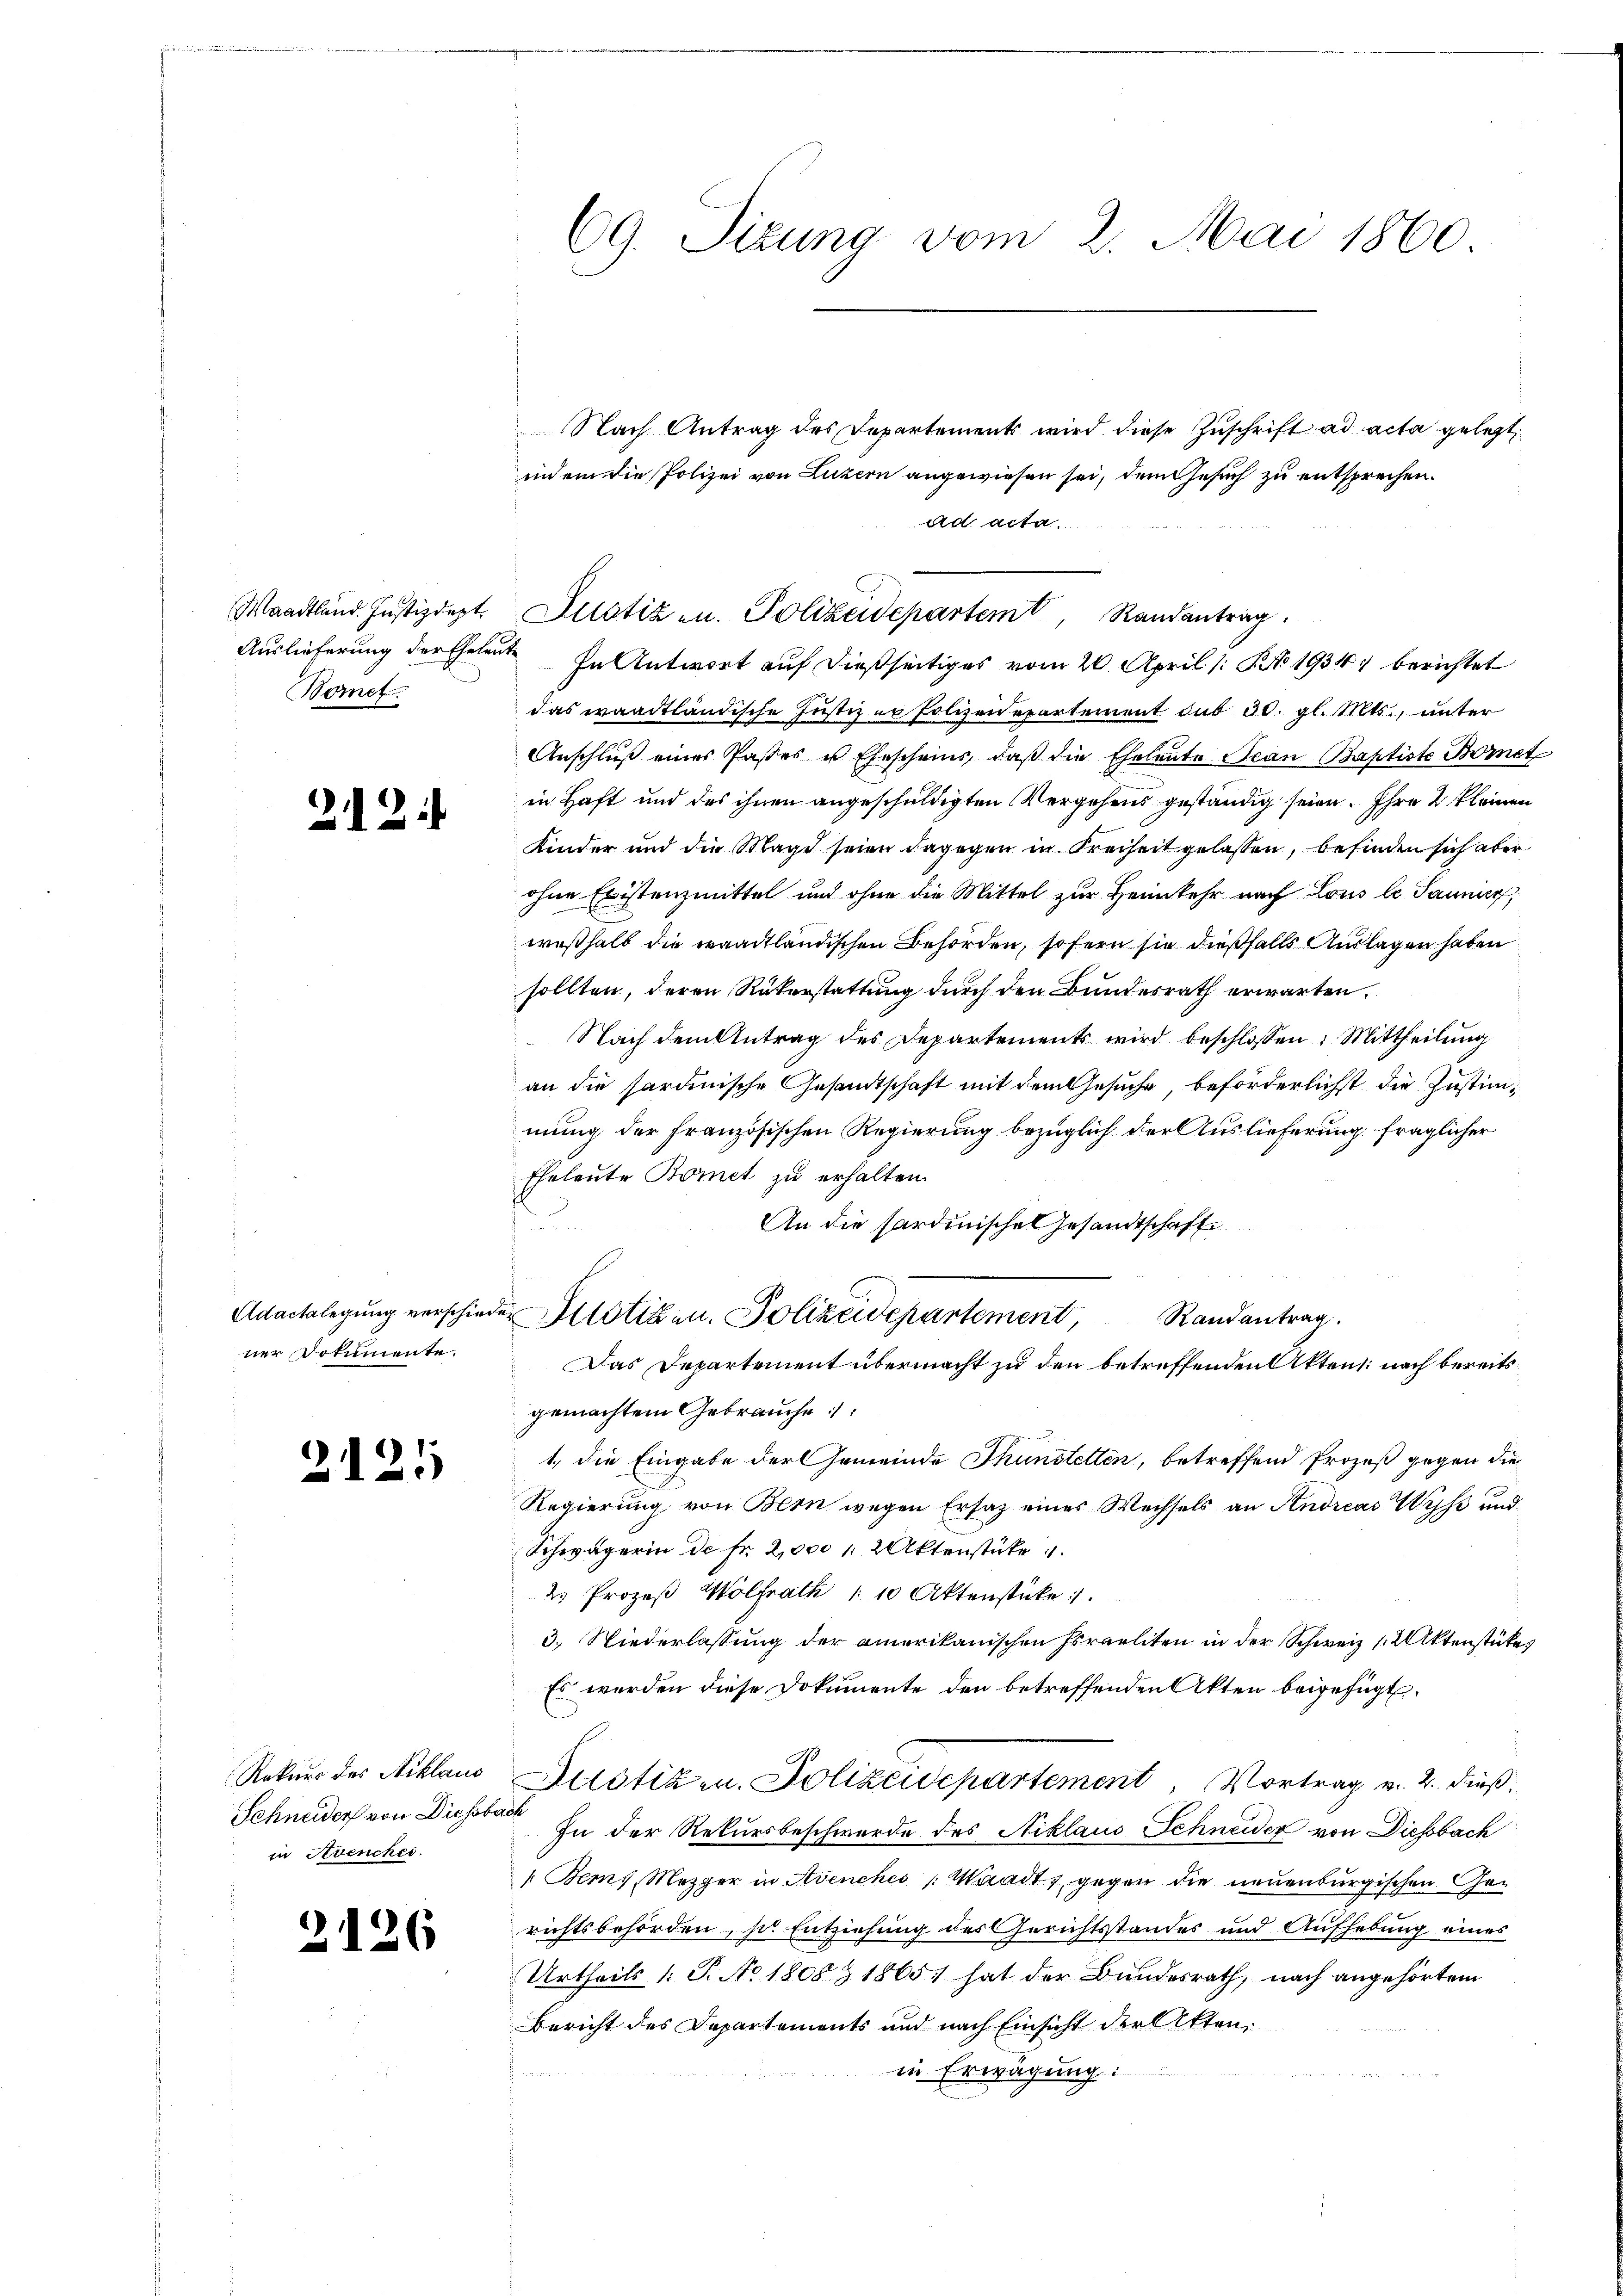
Maadtland. Justizdept
Auslieferung der Eheleute
Bomet

212.

Adactelegung verschiener Dokumente.

2121

Rekurs des Niklaus
Schneider von Diessbach
in Avenches.

2126

69. Sizung vom 2. Mai 1860

Nach Antrag des Departement wird diese Zuschrift ad acta gelegt,
indem die Polizei von Luzern angewiesen sei, dem Gesuch zu entsprechen.
ad acta.
das waadtländische Justiz er Polizen epartement sub 30. gl. Mts., unter
Anschluß eines Pastes u. Ehescheins, daß die Eheleute Jean Baptiste Bornet
in Haft und des ihnen angeschuldigten Vergehens geständig seien. Ihre 2 kleinen
Kinder und die Magd seien dagegen in Freiheit gelassen, befinden sich aber
ohne Existenzmittel und ohne die Mittel zur Heimkehr nach Lous le Saumer,
weßhalb die waadtländischen Behörden, sofern sie dießfalls Auslagen haben
sollten, deren Rükerstattung durch den Bundesrath erwarten.
Nach dem Antrag des Departements wird beschlossen: Mittheilung
an die sardinische Gesandtschaft mit dem Gesuche, beförderlichst die Justimmung der französischen Regierung bezüglich der Auslieferung fraglicher
Eheleute Bomet zu erhalten.
An die Pardinischel Gesandtschafte
s
der Klötigen. Polizeidepartement, Randantrag.
Das Departement übermacht zu den betreffenden Akten: nach bereits
gemachtem Gebrauche:
1., die Eingabe der Gemeinde Thunstetten, betreffend Prozeß gegen die
Regierung von Bern wegen Ersatz eines Wechsels an Andreas Wisse und
Schwägerin de Fr. 2,000 f 2 Aktenstüke
ds Prozeß Wolfrath " 10 Aktenstücke
3.) Niederlassung der amerikanischen Israeliten in der Schweiz 12 Aktenstückes
Es werden diese Dokumente den betreffenden Akten beigefügt.
Justiz- u. Polizeidepartement, Vortrag v. 2. dieß.
In der Rekursbeschwerde des Niklaus Schneider von Diessbach
Bems, Mezger in Avenches Waadt, gegen die neuenburgischen Gerichtsbehörden, so Entziehung des Gerichtsstandes und Aufhebung eines
Urtheils /: P. No 1808 § 1865 hat der Bundesrath, nach angehörtem
Bericht des Departements und nach Einsicht der Akten,
in Erwägung:

Justiz- u. Polizeidepartemt, Randantrag.
In Antwort auf dießseitiges vom 20. April /: No 1934) berichtet